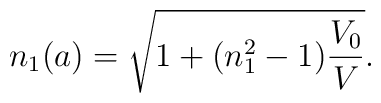
n_1(a)= \sqrt{1+ (n_1^2-1)\frac{V_0}{V}}.